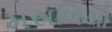
મસળિયો